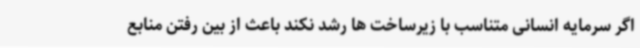
اگر سرمایه انسانی متناسب با زیرساخت ها رشد نکند باعث از بین رفتن منابع